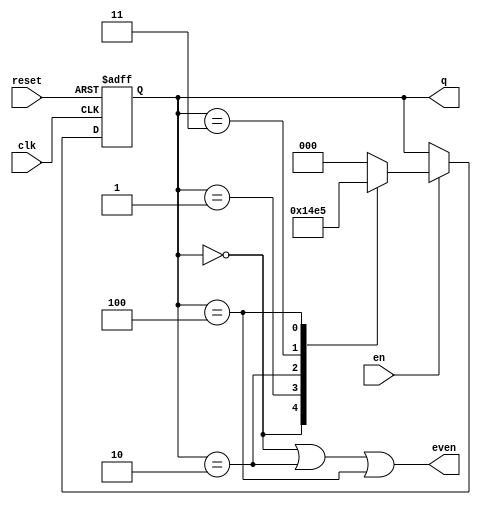
/*module mod6counter(en,clk,reset,even,q);
  input clk,en,reset;
  output even;
  output [2:0]q;
  reg [2:0]q;
  assign even=(q==0)|(q==2)|(q==4);
  always@(negedge clk or posedge reset)
  begin
    if(reset==1)
    begin
      q<=0;
    end
    else
    begin
      q[0]<=~en&~q[2]&~q[1]&q[0]|~en&~q[2]&q[1]&q[0]|~en&q[2]&~q[1]&q[0]|en&~q[2]&~q[1]&~q[0]|en&~q[2]&q[1]&~q[0]|en&q[2]&~q[1]&~q[0];
      q[1]<=~en&~q[2]&q[1]&~q[0]|~en&~q[2]&q[1]&q[0]|en&~q[2]&~q[1]&q[0]|en&~q[2]&q[1]&~q[0];
      q[2]<=~en&q[2]&~q[1]&~q[0]|~en&q[2]&~q[1]&q[0]|en&~q[2]&q[1]&q[0]|en&q[2]&~q[1]&~q[0];
    end
  end
endmodule*/

/*module mod6counter(en,clk,reset,even,q);
  input en,clk,reset;
  output [2:0]q;
  output even;
  wire [2:0]d;
  assign even=(q==0)|(q==2)|(q==4);
  assign d[0]=~en&~q[2]&~q[1]&q[0]|~en&~q[2]&q[1]&q[0]|~en&q[2]&~q[1]&q[0]|en&~q[2]&~q[1]&~q[0]|en&~q[2]&q[1]&~q[0]|en&q[2]&~q[1]&~q[0];
  assign d[1]=~en&~q[2]&q[1]&~q[0]|~en&~q[2]&q[1]&q[0]|en&~q[2]&~q[1]&q[0]|en&~q[2]&q[1]&~q[0];
  assign d[2]=~en&q[2]&~q[1]&~q[0]|~en&q[2]&~q[1]&q[0]|en&~q[2]&q[1]&q[0]|en&q[2]&~q[1]&~q[0];
  d_ff u0(q[0],d[0],clk,reset);
  d_ff u1(q[1],d[1],clk,reset);
  d_ff u2(q[2],d[2],clk,reset);
endmodule
module d_ff(q,d,clk,reset);
  input d,clk,reset;
  output q;
  reg q;
  always@(negedge clk or posedge reset)
  begin
    if(reset==1)
    begin
      q<=0;
    end
    else
    begin
      q<=d;
    end
  end
endmodule*/
module mod6counter(en,clk,reset,even,q);
  input clk,en,reset;
  output even;
  output [2:0]q;
  reg [2:0]q;
  assign even=(q==0)|(q==2)|(q==4);
  always@(negedge clk or posedge reset)
    begin
    if(reset==1)
      begin
      q<=0;
      end
    else if(en==0)
      begin
      q<=q;
      end
    else
      begin
      case(q)
        0:  q<=1;
        1:  q<=2;
        2:  q<=3;
        3:  q<=4;
        4:  q<=5;
        5:  q<=0;
        default:  q<=0;
      endcase
      end
    end
endmodule